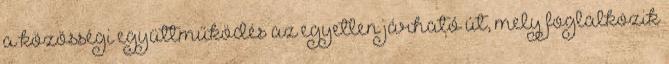
a közösségi együttműködés az egyetlen járható út, mely foglalkozik